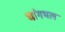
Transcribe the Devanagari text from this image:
चांगभल